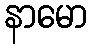
နာမော